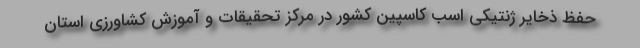
حفظ ذخایر ژنتیکی اسب کاسپین کشور در مرکز تحقیقات و آموزش کشاورزی استان